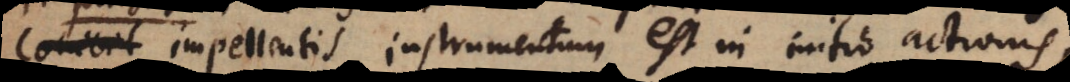
impellentis instrumentum est in initio actionis,